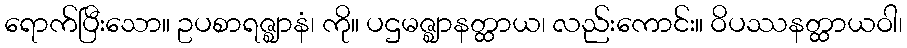
ရောက်ပြီးသော။ ဥပစာရဇ္ဈာနံ၊ ကို။ ပဌမဇ္ဈာနတ္ထာယ၊ လည်းကောင်း။ ဝိပဿနတ္ထာယဝါ၊